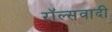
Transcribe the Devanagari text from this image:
रॉल्सवादी